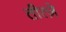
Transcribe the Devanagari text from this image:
तीत्ज़े